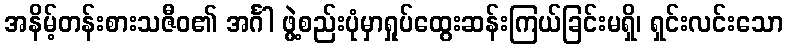
အနိမ့်တန်းစားသဇီဝ၏ အင်္ဂါ ဖွဲ့စည်းပုံမှာရှုပ်ထွေးဆန်းကြယ်ခြင်းမရှိ၊ ရှင်းလင်းသော